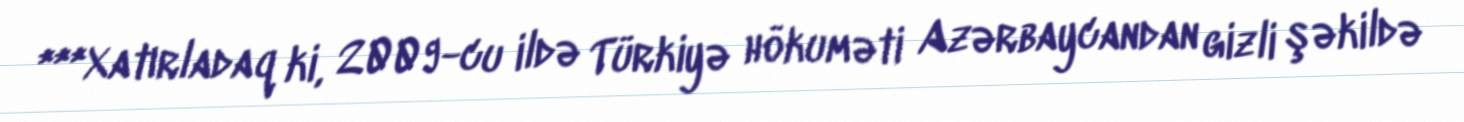
***Xatırladaq ki, 2009-cu ildə Türkiyə hökuməti Azərbaycandan gizli şəkildə